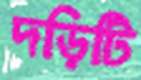
দড়িটি